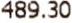
489.30